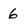
Character: 6